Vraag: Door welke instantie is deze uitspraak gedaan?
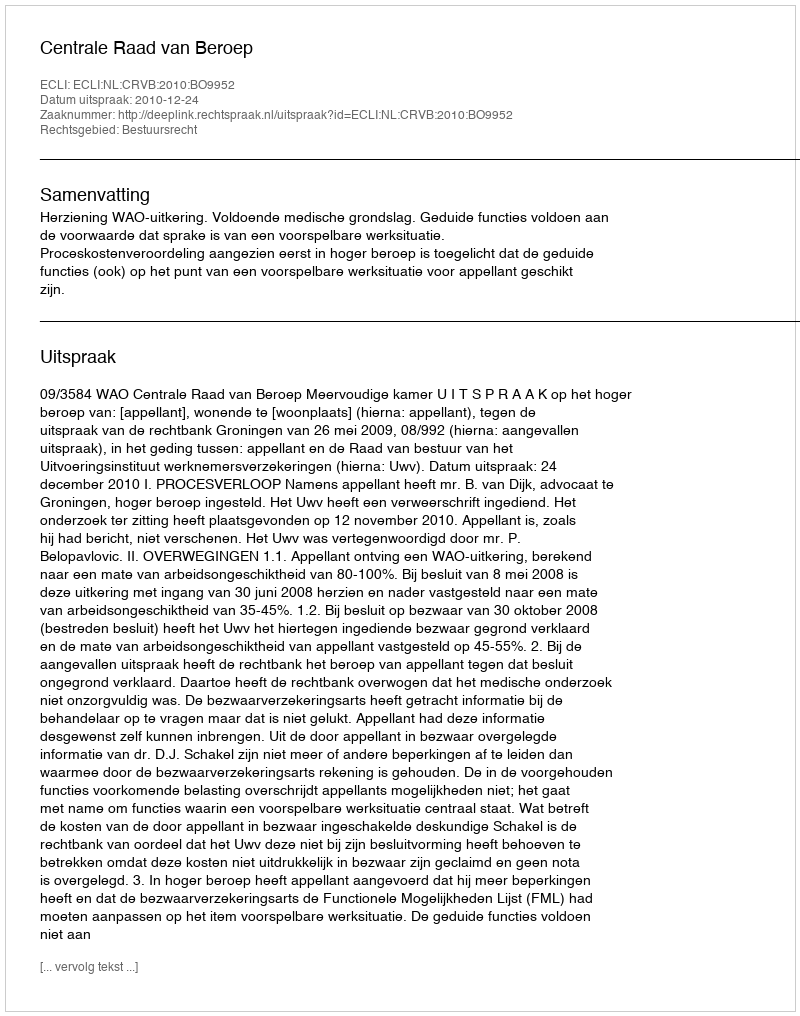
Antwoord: Centrale Raad van Beroep